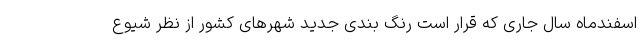
اسفندماه سال جاری که قرار است رنگ بندی جدید شهرهای کشور از نظر شیوع